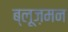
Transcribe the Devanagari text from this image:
ब्लूज़मन